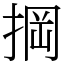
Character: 掆